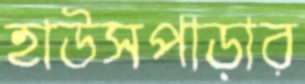
হাউসপাড়ার